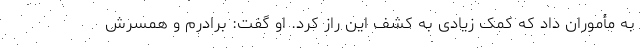
به مأموران داد که کمک زیادی به کشف این راز کرد. او گفت: برادرم و همسرش